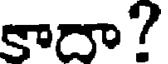
కాదా?